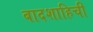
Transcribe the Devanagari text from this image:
बादशाहिची